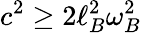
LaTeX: c^{2}\geq 2\ell_{B}^{2}\omega_{B}^{2}